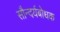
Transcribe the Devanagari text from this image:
सौन्दर्यबोधक